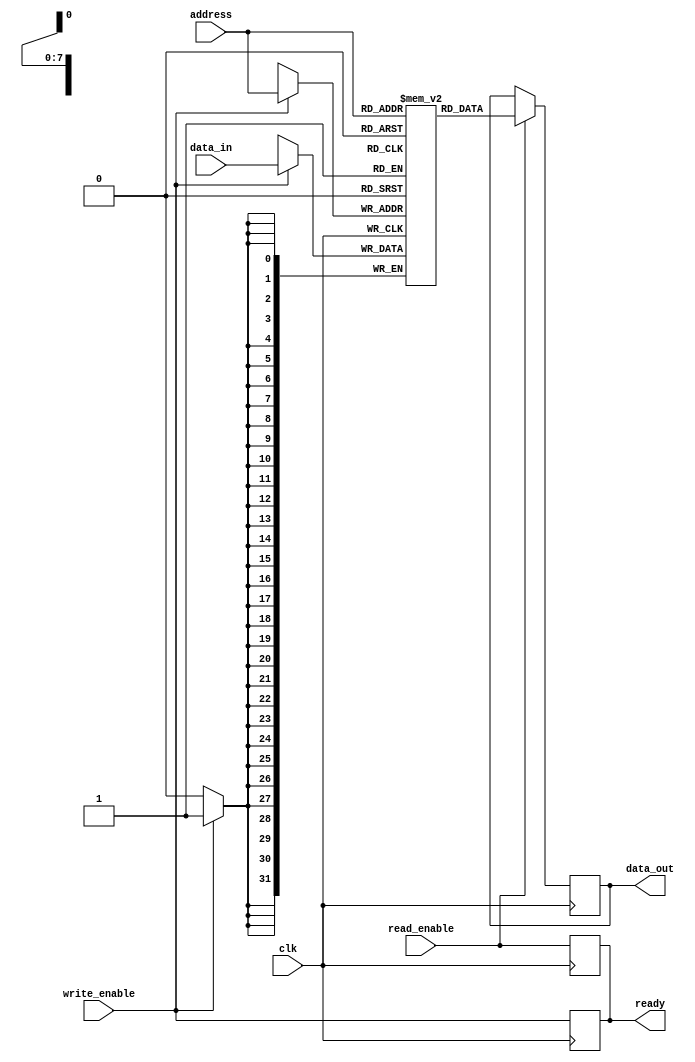
module USPM #(
    parameter ADDR_WIDTH = 8,  // Address width, adjust as needed (e.g., 7 for 128x32, 8 for 256x64)
    parameter DATA_WIDTH = 32,  // Data width, e.g., 8, 16, 32
    parameter MEMORY_DEPTH = (1 << ADDR_WIDTH)  // Total memory depth
)(
    input wire clk,                  // Clock signal
    input wire read_enable,          // Read operation enable
    input wire write_enable,         // Write operation enable
    input wire [ADDR_WIDTH-1:0] address, // Address for the read/write operation
    input wire [DATA_WIDTH-1:0] data_in, // Input data for write operations
    output reg [DATA_WIDTH-1:0] data_out, // Data read from the memory
    output reg ready                // Ready signal indicating completion
);

// Memory array
reg [DATA_WIDTH-1:0] memory_array [0:MEMORY_DEPTH-1];

// Write operation (synchronous)
always @(posedge clk) begin
    if (write_enable) begin
        memory_array[address] <= data_in; // Write data to memory
    end

    // Indicate ready after write operation
    ready <= write_enable;
end

// Read operation (synchronous)
always @(posedge clk) begin
    if (read_enable) begin
        data_out <= memory_array[address]; // Read data from memory
    end
    
    // Indicate ready after read operation
    ready <= read_enable;
end

endmodule